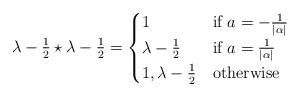
LaTeX: \begin{align*}\lambda - \tfrac{1}{2} \star \lambda - \tfrac{1}{2} = \begin{cases}1 & \mbox{if } a = -\frac{1}{|\alpha|} \\\lambda - \tfrac{1}{2} & \mbox{if } a = \frac{1}{|\alpha|} \\1, \lambda - \tfrac{1}{2} & \mbox{otherwise}\end{cases}\end{align*}